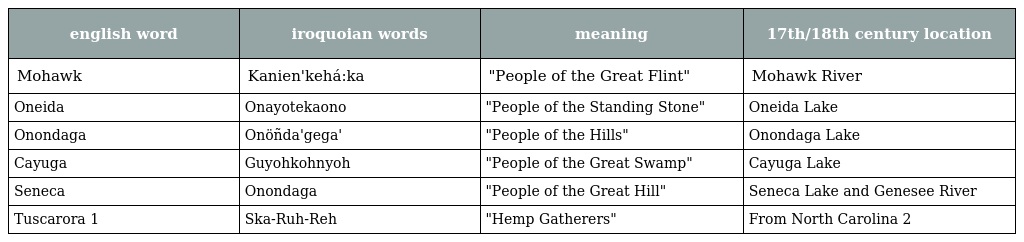
| english word | iroquoian words | meaning | 17th/18th century location |
 | --- | --- | --- | --- |
 | Mohawk | Kanien'kehá:ka | "People of the Great Flint" | Mohawk River |
 | Oneida | Onayotekaono | "People of the Standing Stone" | Oneida Lake |
 | Onondaga | Onöñda'gega' | "People of the Hills" | Onondaga Lake |
 | Cayuga | Guyohkohnyoh | "People of the Great Swamp" | Cayuga Lake |
 | Seneca | Onondaga | "People of the Great Hill" | Seneca Lake and Genesee River |
 | Tuscarora 1 | Ska-Ruh-Reh | "Hemp Gatherers" | From North Carolina 2 |